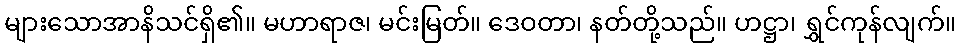
များသောအာနိသင်ရှိ၏။ မဟာရာဇ၊ မင်းမြတ်။ ဒေဝတာ၊ နတ်တို့သည်။ ဟဋ္ဌာ၊ ရွှင်ကုန်လျက်။